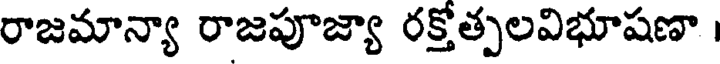
రాజమాన్యా రాజపూజ్యా రక్తోత్పలవిభూషణా